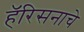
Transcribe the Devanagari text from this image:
हॅरिसनाचे